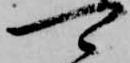
可